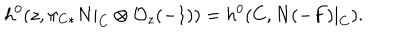
h ^ { 0 } ( z , \pi _ { C * } N | _ { C } \otimes { \cal O } _ { z } ( - 1 ) ) = h ^ { 0 } ( C , N ( - F ) | _ { C } ) .